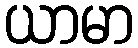
ယာမာ